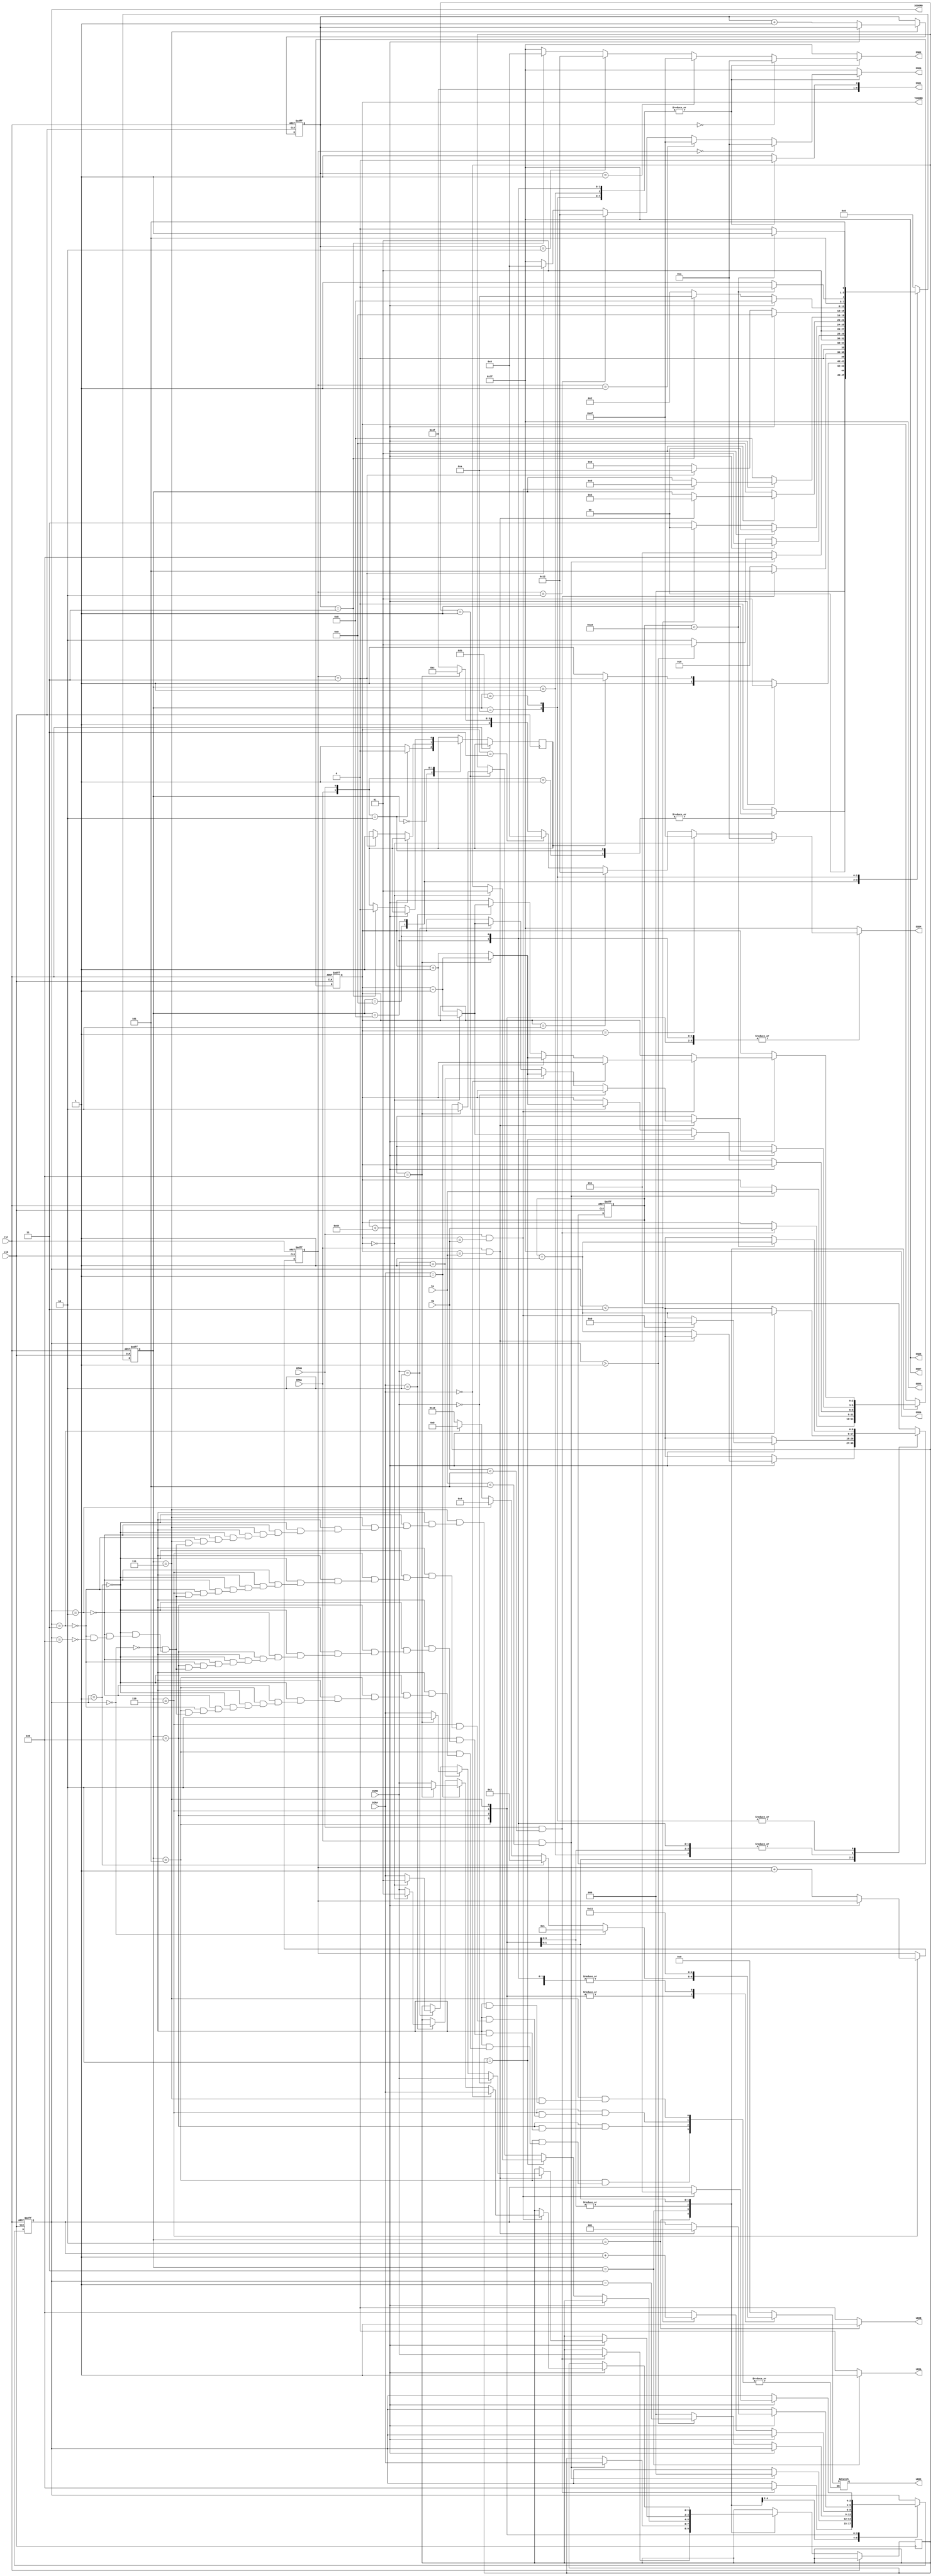
module hockey(

    input clk,
    input rst,

    input BTNA,
    input BTNB,

    input [1:0] DIRA,
    input [1:0] DIRB,

    input [2:0] YA,
    input [2:0] YB,

    output reg LEDA,
    output reg LEDB,
    output reg [4:0] LEDX,

    output reg [6:0] SSD7,
    output reg [6:0] SSD6,
    output reg [6:0] SSD5,
    output reg [6:0] SSD4,
    output reg [6:0] SSD3,
    output reg [6:0] SSD2,
    output reg [6:0] SSD1,
    output reg [6:0] SSD0 ,

    output reg [2:0] XCOORD,
    output reg [2:0] YCOORD

  );



  reg turn;
  reg [3:0] state;

  reg starttimer;
  reg [8:0] timer;
  reg [1:0] dirY;

  reg [1:0] scoreA;
  reg [1:0] scoreB;

  parameter IDLE = 4'b0000;
  parameter DSP = 4'b0001;
  parameter HITB = 4'b0010;
  parameter HITA = 4'b0011;
  parameter SENDB = 4'b0100;
  parameter SENDA = 4'b0101;
  parameter RESPA =4'b0110;
  parameter RESPB =4'b0111;
  parameter GOALA =4'b1000;
  parameter GOALB =4'b1001;
  parameter FINISH = 4'b1010;
  parameter BLINK = 4'b1011;

  parameter ZERO = 7'b0000001;
  parameter ONE = 7'b1001111;
  parameter TWO = 7'b0010010;
  parameter THREE = 7'b0000110;
  parameter FOUR = 7'b1001100;
  parameter NONE = 7'b1111111;


  reg [1:0] buttons;

  // you may use additional always blocks or drive SSDs and LEDs in one always block
  // for state machine and memory elements
  always @(posedge clk or posedge rst)
  begin
    if(rst)
    begin
      state <= IDLE;
      XCOORD = 0;
      YCOORD = 0;
      timer <= 0;
      scoreA <= 0;
      scoreB <= 0;
    end
    else
    case(state)
      IDLE:
      begin
        buttons = {BTNA,BTNB};
        case(buttons)
          2'b01:
          begin
            turn <= 1'b1;
            state <= DSP;
          end
          2'b10:
          begin
            turn <= 1'b0;
            state <= DSP;
          end
          default:
          begin
            turn <= 1;
            state <= IDLE;
          end
        endcase
      end

      DSP:
      begin
        if(timer < 100)
        begin
          timer <= timer+1;
          state <= DSP;
        end
        else
        begin
          $display("hdfkasfgka");
          if(turn)
            state <= HITB;
          else
            state <= HITA;
          timer <= 0;
        end
      end

      HITB:
      begin
        if(BTNB && YB < 5)
        begin
          XCOORD <= 4;
          YCOORD <= YB;
          dirY <= DIRB;
          state <= SENDA;
        end
        else
          state <= HITB;
      end

      HITA:
      begin
        if(BTNA && YA < 5)
        begin
          XCOORD <= 0;
          YCOORD <= YA;
          dirY <= DIRA;
          state <= SENDB;
        end
        else
          state <= HITA;
      end

      SENDA:
      begin
        if(timer < 100)
        begin
          timer <= timer+1;
          state <= SENDA;
        end
        else
        begin
          timer <= 0;
          if(dirY == 2'b10)
          begin

            if(YCOORD == 3'b000)
            begin
              dirY <= 2'b01;
              YCOORD <= YCOORD + 1;
            end

            else
              YCOORD <= YCOORD - 1;
          end

          else if(dirY == 2'b01)
          begin

            if(YCOORD == 3'b100)
            begin
              dirY <= 2'b10;
              YCOORD <= YCOORD - 1;
            end

            else
              YCOORD <= YCOORD + 1;
          end

          if(XCOORD > 1)
          begin
            XCOORD <= XCOORD-1;
            state <= SENDA;
          end
          else
          begin
            XCOORD <= 0;
            state <= RESPA;
          end
        end
      end

      SENDB:
      begin
        if(timer < 100)
        begin
          timer <= timer+1;
          state <= SENDB;
        end
        else
        begin
          timer <= 0;
          if(dirY == 2'b10)
          begin

            if(YCOORD == 3'b000)
            begin
              dirY <= 2'b01;
              YCOORD <= YCOORD + 1;
            end

            else
              YCOORD <= YCOORD - 1;
          end

          else if(dirY == 2'b01)
          begin

            if(YCOORD == 3'b100)
            begin
              dirY <= 2'b10;
              YCOORD <= YCOORD - 1;
            end

            else
              YCOORD <= YCOORD + 1;
          end


          if(XCOORD < 3 )
          begin
            XCOORD <= XCOORD + 1;
            state <= SENDB;
          end
          else
          begin
            XCOORD <= 4;
            state <= RESPB;
          end
        end
      end

      RESPA:
      begin
        if(timer < 100)
        begin
          if(BTNA && YCOORD == YA)
          begin
            XCOORD <= 1;
            timer <= 0;
            if(DIRB == 2'b00)
            begin
              dirY <= DIRB;
            end
            else if(DIRB == 2'b01)
            begin
              if(YCOORD == 4)
              begin
                dirY <= 2'b10;
                YCOORD <= YCOORD -1;
              end
              else
              begin
                dirY <= DIRA;
                YCOORD <= YCOORD + 1;
              end
            end
            else if(DIRB == 2'b10)
            begin
              if(YCOORD == 0)
              begin
                dirY <= 2'b01;
                YCOORD <= YCOORD + 1;
              end
              else
              begin
                dirY <= DIRA;
                YCOORD <= YCOORD - 1;
              end
            end
            else
            begin
              state <= IDLE;
            end
            state <= SENDB;
          end
          else
            timer <= timer + 1;
        end
        else
        begin
          timer <= 0;
          scoreB <= scoreB + 1;
          state <= GOALB;
        end
      end

      RESPB:
      begin
        if(timer < 100)
        begin
          if(BTNB && YCOORD == YB)
          begin
            XCOORD <= 3;
            timer <= 0;
            if(DIRA == 2'b00)
            begin
              dirY <= DIRA;
            end
            else if(DIRA == 2'b01)
            begin
              if(YCOORD == 4)
              begin
                dirY <= 2'b10;
                YCOORD <= YCOORD -1;
              end
              else
              begin
                dirY <= DIRB;
                YCOORD <= YCOORD + 1;
              end
            end
            else if(DIRA == 2'b10)
            begin
              if(YCOORD == 0)
              begin
                dirY <= 2'b01;
                YCOORD <= YCOORD + 1;
              end
              else
              begin
                dirY <= DIRB;
                YCOORD <= YCOORD - 1;
              end
            end
            else
              state <= IDLE;
            state <= SENDA;
          end
          else
            timer <= timer + 1;
        end
        else
        begin
          timer <= 0;
          scoreA <= scoreA + 1;
          state <= GOALA;
        end
      end

      GOALB:
      begin
        if(timer < 100)
        begin
          timer <= timer + 1;
          state <= GOALB;
        end
        else
        begin
          timer <= 0;
          if(scoreB == 3)
          begin
            turn <= 1;
            state <= FINISH;
          end
          else
            state <= HITA;
        end
      end

      GOALA:
      begin
        if(timer < 100)
        begin
          timer <= timer + 1;
          state <= GOALA;
        end
        else
        begin
          timer <= 0;
          if(scoreA == 3)
          begin
            turn <= 0;
            state <= FINISH;
          end
          else
            state <= HITB;
        end
      end

      FINISH:
        if(timer < 25)
        begin
          timer <= timer +1;
          state <= FINISH;
        end
        else
        begin
          timer <= 0;
          state <= BLINK;
        end
      BLINK:
        if(timer < 25)
        begin
          timer <= timer +1;
          state <= BLINK;
        end
        else
        begin
          timer <= 0;
          state <= FINISH;
        end

      default state <= IDLE;
    endcase

  end

  // for SSDs
  always @ (*)
  begin

    case(state)
      IDLE:
      begin
        SSD0 = NONE;
        SSD1 = NONE;
        SSD2 = NONE;
        SSD3 = NONE;
        SSD4 = NONE;
        SSD5 = NONE;
        SSD6 = NONE;
        SSD7 = NONE;
      end
      DSP:
      begin
        if(scoreB == 0)
          SSD0 = ZERO;
        else if(scoreB == 1)
          SSD0 = ONE;
        else if(scoreB == 2)
          SSD0 = TWO;
        else if(scoreB == 3)
          SSD0 = THREE;
        else
          SSD0 = NONE;

        SSD1 = 7'b1111110;

        if(scoreA == 0)
          SSD2 = ZERO;
        else if(scoreA == 1)
          SSD2 = ONE;
        else if(scoreA == 2)
          SSD2 = TWO;
        else if(scoreA == 3)
          SSD2 = THREE;
        else
          SSD2 = NONE;

        SSD3 = NONE;

        if(YCOORD == 0)
          SSD4 = ZERO;
        else if(YCOORD == 1)
          SSD4 = ONE;
        else if(YCOORD == 2)
          SSD4 = TWO;
        else if(YCOORD == 3)
          SSD4 = THREE;
        else if(YCOORD == 4)
          SSD4 = FOUR;
        else
          SSD4 = NONE;

        SSD5 = NONE;

        SSD6 = NONE;
        SSD7 = NONE;
      end
      HITA:
      begin
        SSD0 = NONE;
        SSD1 = NONE;
        SSD2 = NONE;
        SSD3 = NONE;

        if(YCOORD == 0)
          SSD4 = ZERO;
        else if(YCOORD == 1)
          SSD4 = ONE;
        else if(YCOORD == 2)
          SSD4 = TWO;
        else if(YCOORD == 3)
          SSD4 = THREE;
        else if(YCOORD == 4)
          SSD4 = FOUR;
        else
          SSD4 = NONE;


        SSD5 = NONE;

        SSD6 = NONE;
        SSD7 = NONE;
      end
      HITB:
      begin
        SSD0 = NONE;
        SSD1 = NONE;
        SSD2 = NONE;
        SSD3 = NONE;

        if(YCOORD == 0)
          SSD4 = ZERO;
        else if(YCOORD == 1)
          SSD4 = ONE;
        else if(YCOORD == 2)
          SSD4 = TWO;
        else if(YCOORD == 3)
          SSD4 = THREE;
        else if(YCOORD == 4)
          SSD4 = FOUR;
        else
          SSD4 = NONE;


        SSD5 = NONE;

        SSD6 = NONE;
        SSD7 = NONE;
      end
      SENDA:
      begin
        SSD0 = NONE;
        SSD1 = NONE;
        SSD2 = NONE;
        SSD3 = NONE;

        if(YCOORD == 0)
          SSD4 = ZERO;
        else if(YCOORD == 1)
          SSD4 = ONE;
        else if(YCOORD == 2)
          SSD4 = TWO;
        else if(YCOORD == 3)
          SSD4 = THREE;
        else if(YCOORD == 4)
          SSD4 = FOUR;
        else
          SSD4 = NONE;


        SSD5 = NONE;

        SSD6 = NONE;
        SSD7 = NONE;
      end
      SENDB:
      begin
        SSD0 = NONE;
        SSD1 = NONE;
        SSD2 = NONE;
        SSD3 = NONE;

        if(YCOORD == 0)
          SSD4 = ZERO;
        else if(YCOORD == 1)
          SSD4 = ONE;
        else if(YCOORD == 2)
          SSD4 = TWO;
        else if(YCOORD == 3)
          SSD4 = THREE;
        else if(YCOORD == 4)
          SSD4 = FOUR;
        else
          SSD4 = NONE;

        SSD5 = NONE;

        SSD6 = NONE;
        SSD7 = NONE;
      end
      RESPA:
      begin
        SSD0 = NONE;
        SSD1 = NONE;
        SSD2 = NONE;
        SSD3 = NONE;

        if(YCOORD == 0)
          SSD4 = ZERO;
        else if(YCOORD == 1)
          SSD4 = ONE;
        else if(YCOORD == 2)
          SSD4 = TWO;
        else if(YCOORD == 3)
          SSD4 = THREE;
        else if(YCOORD == 4)
          SSD4 = FOUR;
        else
          SSD4 = NONE;


        SSD5 = NONE;

        SSD6 = NONE;
        SSD7 = NONE;
      end
      RESPB:
      begin
        SSD0 = NONE;
        SSD1 = NONE;
        SSD2 = NONE;
        SSD3 = NONE;

        if(YCOORD == 0)
          SSD4 = ZERO;
        else if(YCOORD == 1)
          SSD4 = ONE;
        else if(YCOORD == 2)
          SSD4 = TWO;
        else if(YCOORD == 3)
          SSD4 = THREE;
        else if(YCOORD == 4)
          SSD4 = FOUR;
        else
          SSD4 = NONE;

        SSD5 = NONE;

        SSD6 = NONE;
        SSD7 = NONE;
      end
      GOALA:
      begin
        if(scoreB == 0)
          SSD0 = ZERO;
        else if(scoreB == 1)
          SSD0 = ONE;
        else if(scoreB == 2)
          SSD0 = TWO;
        else if(scoreB == 3)
          SSD0 = THREE;
        else
          SSD0 = NONE;

        SSD1 = 7'b1111110;

        if(scoreA == 0)
          SSD2 = ZERO;
        else if(scoreA == 1)
          SSD2 = ONE;
        else if(scoreA == 2)
          SSD2 = TWO;
        else if(scoreA == 3)
          SSD2 = THREE;
        else
          SSD2 = NONE;

        SSD3 = NONE;

        if(YCOORD == 0)
          SSD4 = ZERO;
        else if(YCOORD == 1)
          SSD4 = ONE;
        else if(YCOORD == 2)
          SSD4 = TWO;
        else if(YCOORD == 3)
          SSD4 = THREE;
        else if(YCOORD == 4)
          SSD4 = FOUR;
        else
          SSD4 = NONE;
        SSD5 = NONE;

        SSD6 = NONE;
        SSD7 = NONE;
      end
      GOALB:
      begin
        if(scoreB == 0)
          SSD0 = ZERO;
        else if(scoreB == 1)
          SSD0 = ONE;
        else if(scoreB == 2)
          SSD0 = TWO;
        else if(scoreB == 3)
          SSD0 = THREE;
        else
          SSD0 = NONE;

        SSD1 = 7'b1111110;

        if(scoreA == 0)
          SSD2 = ZERO;
        else if(scoreA == 1)
          SSD2 = ONE;
        else if(scoreA == 2)
          SSD2 = TWO;
        else if(scoreA == 3)
          SSD2 = THREE;
        else
          SSD2 = NONE;

        SSD3 = NONE;

        if(YCOORD == 0)
          SSD4 = ZERO;
        else if(YCOORD == 1)
          SSD4 = ONE;
        else if(YCOORD == 2)
          SSD4 = TWO;
        else if(YCOORD == 3)
          SSD4 = THREE;
        else if(YCOORD == 4)
          SSD4 = FOUR;
        else
          SSD4 = NONE;

        SSD5 = NONE;

        SSD6 = NONE;
        SSD7 = NONE;
      end
      FINISH:
      begin
        if(scoreB == 0)
          SSD0 = ZERO;
        else if(scoreB == 1)
          SSD0 = ONE;
        else if(scoreB == 2)
          SSD0 = TWO;
        else if(scoreB == 3)
          SSD0 = THREE;
        else
          SSD0 = NONE;

        SSD1 = 7'b1111110;

        if(scoreA == 0)
          SSD2 = ZERO;
        else if(scoreA == 1)
          SSD2 = ONE;
        else if(scoreA == 2)
          SSD2 = TWO;
        else if(scoreA == 3)
          SSD2 = THREE;
        else
          SSD2 = NONE;

        SSD3 = NONE;

        if(YCOORD == 0)
          SSD4 = ZERO;
        else if(YCOORD == 1)
          SSD4 = ONE;
        else if(YCOORD == 2)
          SSD4 = TWO;
        else if(YCOORD == 3)
          SSD4 = THREE;
        else if(YCOORD == 4)
          SSD4 = FOUR;
        else
          SSD4 = NONE;

        SSD5 = NONE;

        SSD6 = NONE;
        SSD7 = NONE;
      end

      BLINK:

      begin
        if(scoreB == 0)
          SSD0 = ZERO;
        else if(scoreB == 1)
          SSD0 = ONE;
        else if(scoreB == 2)
          SSD0 = TWO;
        else if(scoreB == 3)
          SSD0 = THREE;
        else
          SSD0 = NONE;

        SSD1 = 7'b1111110;

        if(scoreA == 0)
          SSD2 = ZERO;
        else if(scoreA == 1)
          SSD2 = ONE;
        else if(scoreA == 2)
          SSD2 = TWO;
        else if(scoreA == 3)
          SSD2 = THREE;
        else
          SSD2 = NONE;

        SSD3 = NONE;

        if(YCOORD == 0)
          SSD4 = ZERO;
        else if(YCOORD == 1)
          SSD4 = ONE;
        else if(YCOORD == 2)
          SSD4 = TWO;
        else if(YCOORD == 3)
          SSD4 = THREE;
        else if(YCOORD == 4)
          SSD4 = FOUR;
        else
          SSD4 = NONE;

        SSD5 = NONE;

        SSD6 = NONE;
        SSD7 = NONE;
      end

      default:
      begin
        SSD0 = NONE;
        SSD1 = NONE;
        SSD2 = NONE;
        SSD3 = NONE;
        SSD4 = NONE;
        SSD5 = NONE;
        SSD6 = NONE;
        SSD7 = NONE;
      end

    endcase
  end


  //for LEDs
  always @ (*)
  begin
    case(state)
      IDLE:
      begin
        LEDA = 0;
        LEDB = 0;
        LEDX = 0;
      end
      DSP:
      begin
        LEDA = 0;
        LEDB = 0;
        LEDX = 0;
      end
      HITA:
      begin
        LEDA = 1;
        LEDB = 0;
        LEDX = 0;
      end
      HITB:
      begin
        LEDA = 0;
        LEDB = 1;
        LEDX = 0;
      end
      SENDA:
      begin
        LEDA = 0;
        LEDB = 0;
        if(XCOORD == 0)
          LEDX = 1;
        else if(XCOORD == 1)
          LEDX = 2;
        else if(XCOORD == 2)
          LEDX = 4;
        else if(XCOORD == 3)
          LEDX = 8;
        else if(XCOORD == 4)
          LEDX = 16;
      end
      SENDB:
      begin
        LEDA = 0;
        LEDB = 0;
        if(XCOORD == 0)
          LEDX = 1;
        else if(XCOORD == 1)
          LEDX = 2;
        else if(XCOORD == 2)
          LEDX = 4;
        else if(XCOORD == 3)
          LEDX = 8;
        else if(XCOORD == 4)
          LEDX = 16;
      end
      RESPA:
      begin
        LEDA = 0;
        LEDB = 0;
        if(XCOORD == 0)
          LEDX = 1;
        else if(XCOORD == 1)
          LEDX = 2;
        else if(XCOORD == 2)
          LEDX = 4;
        else if(XCOORD == 3)
          LEDX = 8;
        else if(XCOORD == 4)
          LEDX = 16;
      end
      RESPB:
      begin
        LEDA = 0;
        LEDB = 0;
        if(XCOORD == 0)
          LEDX = 1;
        else if(XCOORD == 1)
          LEDX = 2;
        else if(XCOORD == 2)
          LEDX = 4;
        else if(XCOORD == 3)
          LEDX = 8;
        else if(XCOORD == 4)
          LEDX = 16;
      end
      GOALA:
      begin
        LEDA = 0;
        LEDB = 0;
        LEDX = 5'b10001;
      end
      GOALB:
      begin
        LEDA = 0;
        LEDB = 0;
        LEDX = 5'b10001;
      end
      FINISH:
      begin
        LEDA = 0;
        LEDB = 0;
        LEDX = 5'b10001;
      end

      BLINK:
      begin
        LEDA = 0;
        LEDB = 0;
        LEDX = 0;
      end

      default:
      begin
        LEDA = 0;
        LEDB = 0;
        LEDX = 0;
      end
    endcase
  end


endmodule